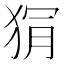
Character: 𭸏